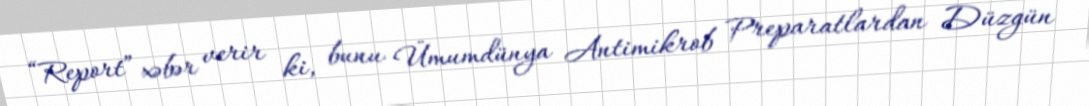
“Report” xəbər verir ki, bunu Ümumdünya Antimikrob Preparatlardan Düzgün